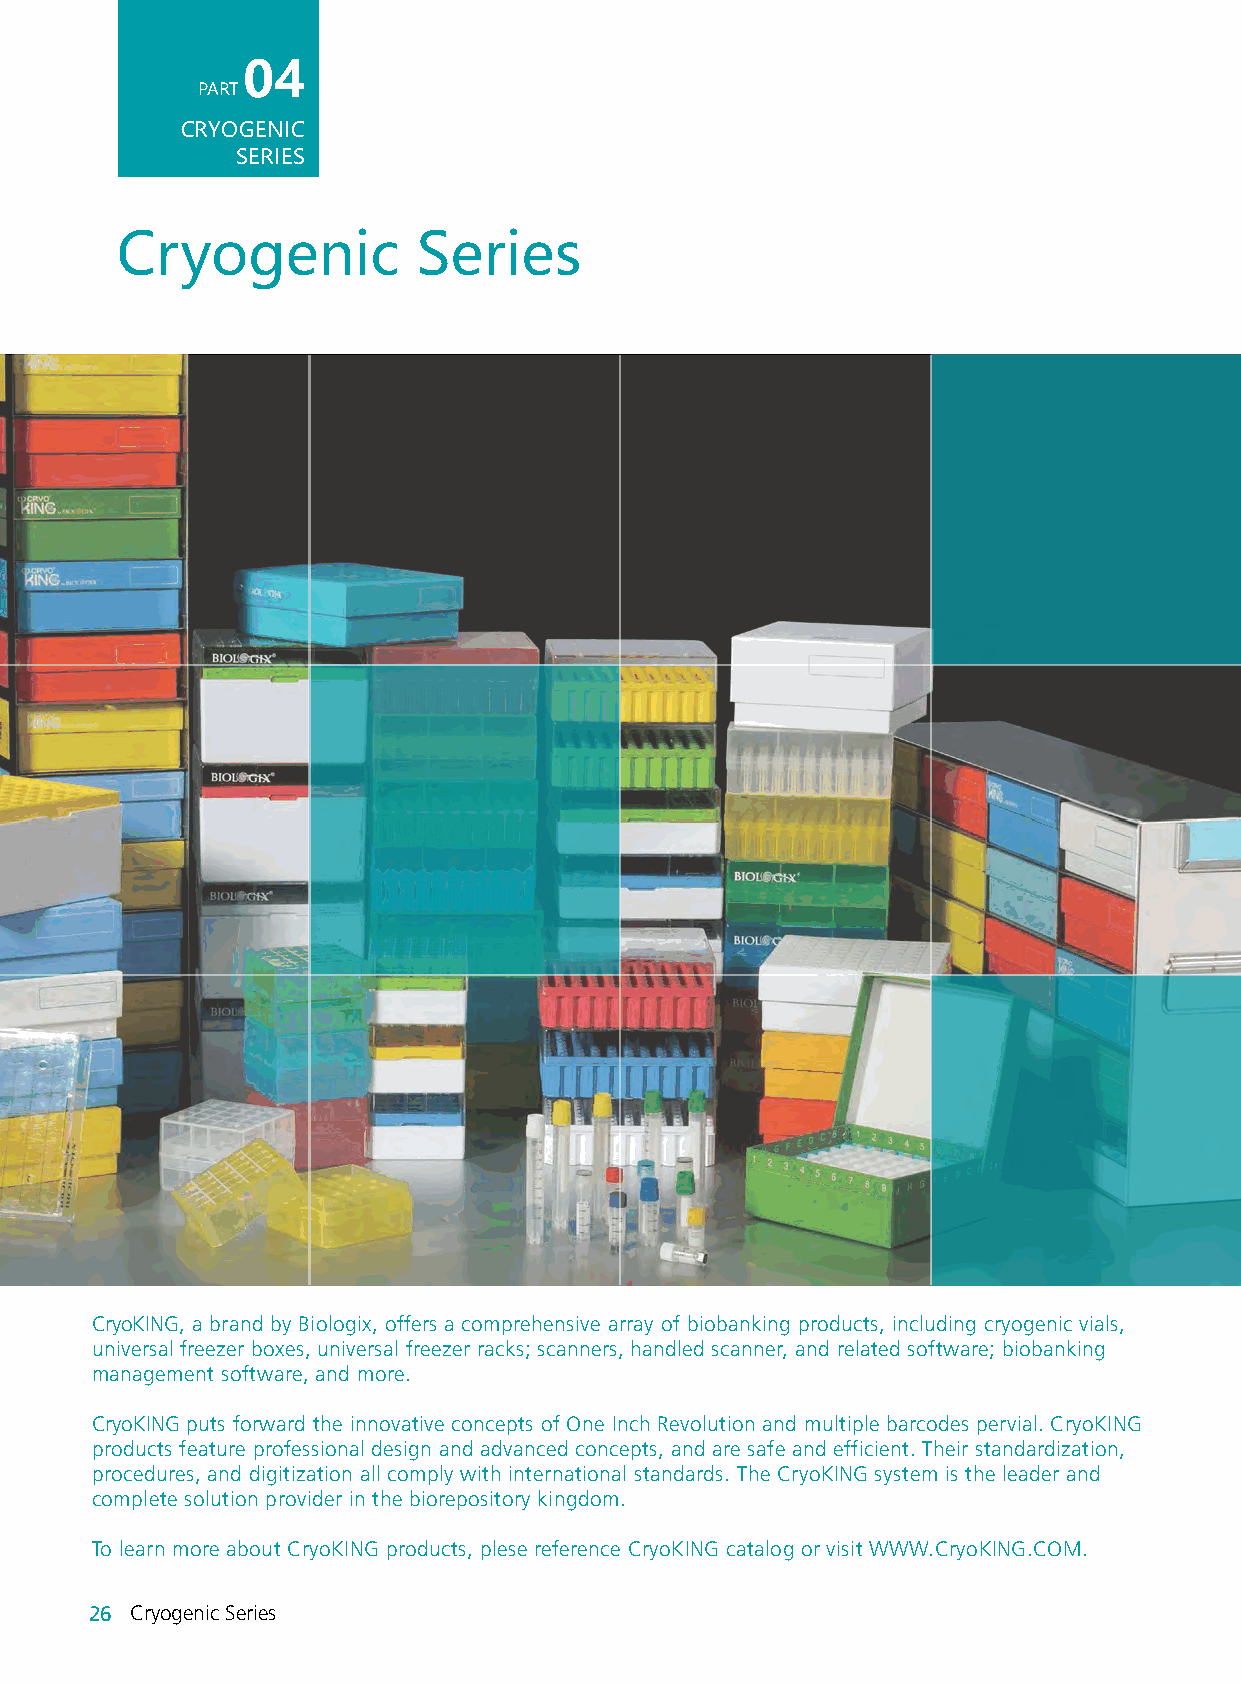
04
 PART
 CRYOGENIC
 SERIES
 Cryogenic           Series
 CryoKING, a brand by Biologix, offers a comprehensive array of biobanking products, including cryogenic vials,
 universal freezer boxes, universal freezer racks; scanners, handled scanner, and related software; biobanking
 management software, and more.
 CryoKING puts forward the innovative concepts of One Inch Revolution and multiple barcodes pervial. CryoKING
 products feature professional design and advanced concepts, and are safe and efficient. Their standardization,
 procedures, and digitization all comply with international standards. The CryoKING system is the leader and
 complete solution provider in the biorepository kingdom.
 To learn more about CryoKING products, plese reference CryoKING catalog or visit WWW.CryoKING.COM.
 26 Cryogenic Series